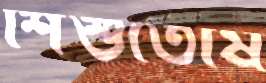
শিশুতোষ